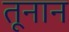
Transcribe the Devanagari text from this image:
तूनान